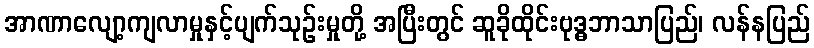
အာဏာလျော့ကျလာမှုနှင့်ပျက်သုဉ်းမှုတို့ အပြီးတွင် ဆူခိုထိုင်းဗုဒ္ဓဘာသာပြည်၊ လန်နပြည်